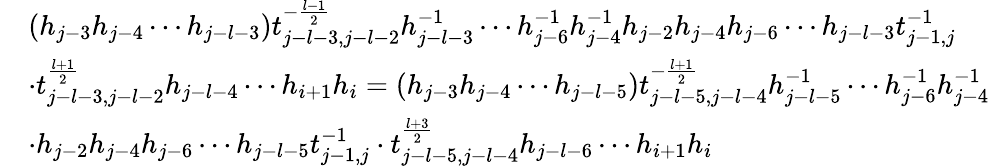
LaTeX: \begin{array}{rl}&{(h_{j-3}h_{j-4}\cdots h_{j-l-3})t_{j-l-3,j-l-2}^{-\frac{l-1}{2}}h_{j-l-3}^{-1}\cdots h_{j-6}^{-1}h_{j-4}^{-1}h_{j-2}h_{j-4}h_{j-6}\cdots h_{j-l-3}t_{j-1,j}^{-1}}\\ &{\cdot t_{j-l-3,j-l-2}^{\frac{l+1}{2}}h_{j-l-4}\cdots h_{i+1}h_{i}=(h_{j-3}h_{j-4}\cdots h_{j-l-5})t_{j-l-5,j-l-4}^{-\frac{l+1}{2}}h_{j-l-5}^{-1}\cdots h_{j-6}^{-1}h_{j-4}^{-1}}\\ &{\cdot h_{j-2}h_{j-4}h_{j-6}\cdots h_{j-l-5}t_{j-1,j}^{-1}\cdot t_{j-l-5,j-l-4}^{\frac{l+3}{2}}h_{j-l-6}\cdots h_{i+1}h_{i}}\end{array}